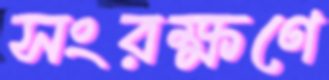
সংরক্ষণে